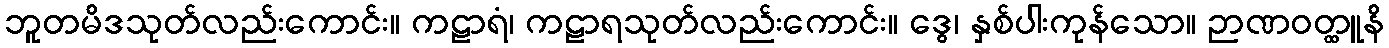
ဘူတမိဒသုတ်လည်းကောင်း။ ကဠာရံ၊ ကဠာရသုတ်လည်းကောင်း။ ဒွေ၊ နှစ်ပါးကုန်သော။ ဉာဏဝတ္ထူနိ